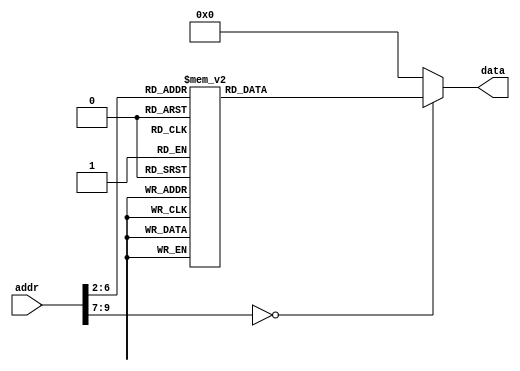
// rom_test2.v

module ROM_2 (addr,data);
    input [31:0] addr;
    output [31:0] data;
    reg [31:0] data;
    localparam ROM_SIZE = 32;
    reg [31:0] ROM_DATA[ROM_SIZE-1:0]; 

    always@(*)
        case(addr[9:2])   //Address Must Be Word Aligned.
            // addi $a0, $zero, 3 #(0x0003)
            8'd0:    data <= {6'h08, 5'd0 , 5'd4 , 16'h0003};
            // addi $sp, $sp, 256 #(0x0100)
            8'd1:    data <= {6'h08, 5'd29 , 5'd29 , 16'h0100};
            // jal sum
            8'd2:    data <= {6'h03, 26'd4};
            // Loop:
            // beq $zero, $zero, Loop 
            8'd3:    data <= {6'h04, 5'd0 , 5'd0 , 16'hffff};
            // sum: 
            // addi $sp, $sp, -8 #(0xfff8)
            8'd4:    data <= {6'h08, 5'd29 , 5'd29 , 16'hfff8};
            // sw $ra, 4($sp)
            8'd5:    data <= {6'h2b, 5'd29 , 5'd31 , 16'h0004};
            // sw $a0, 0($sp) 
            8'd6:    data <= {6'h2b, 5'd29 , 5'd4 , 16'h0000};
            // slti $t0, $a0, 1 #(0x0001)
            8'd7:    data <= {6'h0a, 5'd4 , 5'd8 , 16'h0001};
            // beq $t0, $zero, L1 
            8'd8:    data <= {6'h04, 5'd8 , 5'd0 , 16'h0003};
            // xor $v0, $zero, $zero 
            8'd9:    data <= {6'h00, 5'd0 , 5'd0 , 5'd2 , 5'd0 , 6'h26};
            // addi $sp, $sp, 8 
            8'd10:    data <= {6'h08, 5'd29 , 5'd29 , 16'h0008};
            // jr $ra 
            8'd11:   data <= {6'h00, 5'd31 , 15'd0 , 6'h08};
            // L1:
            // addi $a0, $a0, -1 
            8'd12:   data <= {6'h08, 5'd4 , 5'd4 , 16'hffff};
            // jal sum 
            8'd13:   data <= {6'h03, 26'd4};
            // lw $a0, 0($sp)  
            8'd14:   data <= {6'h23, 5'd29 , 5'd4 , 16'h0000};
            // lw $ra, 4($sp) 
            8'd15:   data <= {6'h23, 5'd29 , 5'd31 , 16'h0004};
            // addi $sp, $sp, 8 
            8'd16:   data <= {6'h08, 5'd29 , 5'd29 , 16'h0008};
            // add $v0, $a0, $v0 
            8'd17:   data <= {6'h00, 5'd4 , 5'd2 , 5'd2 , 5'd0 , 6'h20};
            // jr $ra 
            8'd18:   data <= {6'h00, 5'd31 , 15'd0 , 6'h08};
            
            default: data <= 32'h00000000;
        endcase
endmodule